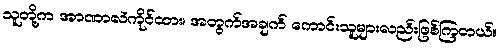
သူတို့က အာဏာလဲကိုင်ထား၊ အတွက်အချက် ကောင်းသူများလည်းဖြစ်ကြတယ်။